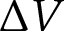
\Delta V